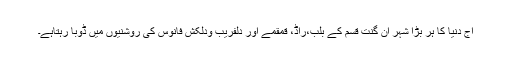
آج دنیا کا ہر بڑا شہر ان گنت قسم کے بلب،راڈ، قمقمے اور دلفریب ودلکش فانوس کی روشنیوں میں ڈوبا رہتاہے۔